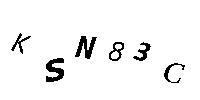
KSN83C